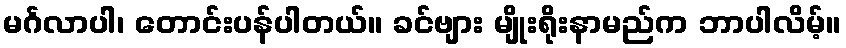
မင်္ဂလာပါ၊ တောင်းပန်ပါတယ်။ ခင်ဗျား မျိုးရိုးနာမည်က ဘာပါလိမ့်။